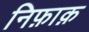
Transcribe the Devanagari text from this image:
निफ़ाक़